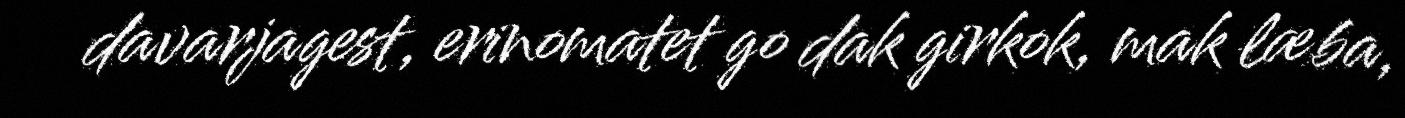
davarjagest, erinomatet go dak girkok, mak læba,